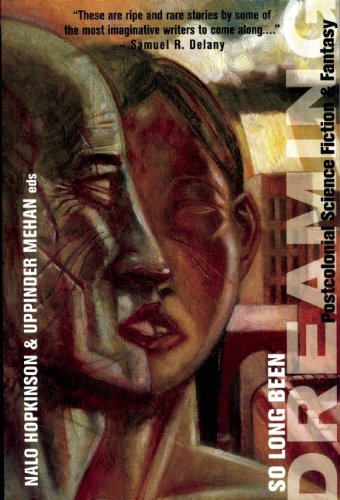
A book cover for So Long Been Dreaming: Postcolonial Science Fiction & Fantasy; Science Fiction & Fantasy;